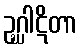
ဥဂ္ဃါဋိတာ